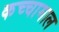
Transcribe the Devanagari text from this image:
कच्‍चामाल